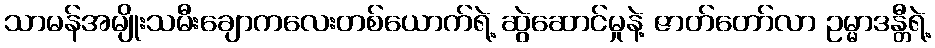
သာမန်အမျိုးသမီးချောကလေးတစ်ယောက်ရဲ့ ဆွဲဆောင်မှုနဲ့ ဇာတ်တော်လာ ဥမ္မာဒန္တီရဲ့